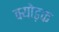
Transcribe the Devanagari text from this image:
क्योड़क